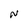
Character: N